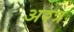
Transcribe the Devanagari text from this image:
अश्त्र